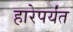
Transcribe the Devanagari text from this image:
हारेपर्यंत